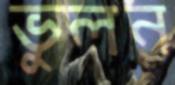
ভুলন